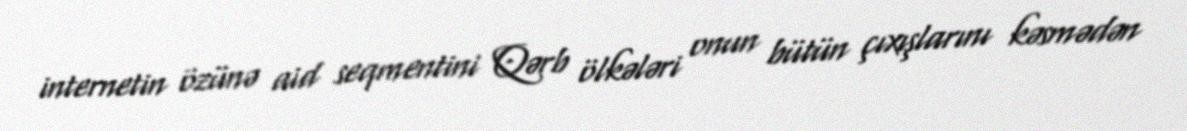
internetin özünə aid seqmentini Qərb ölkələri onun bütün çıxışlarını kəsmədən